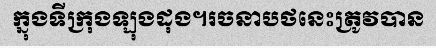
ក្នុងទីក្រុងឡុងដុង។រចនាបថនេះត្រូវបាន